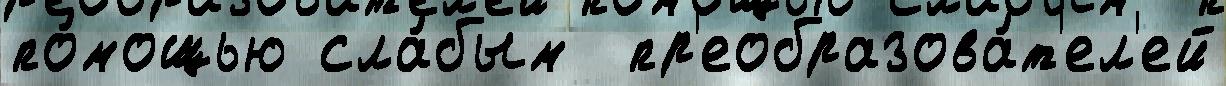
по́мощью сла́бым  пр'еобразова́т'ел'ей